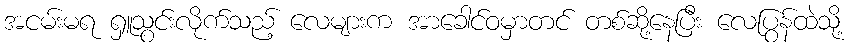
အငမ်းမရ ရှူသွင်းလိုက်သည့် လေများက အာခေါင်ဝမှာတင် တစ်ဆို့နေပြီး လေပြွန်ထဲသို့